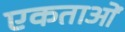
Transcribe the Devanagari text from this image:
एकताओं